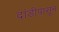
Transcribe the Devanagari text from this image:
दांडीपासून